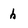
Character: h